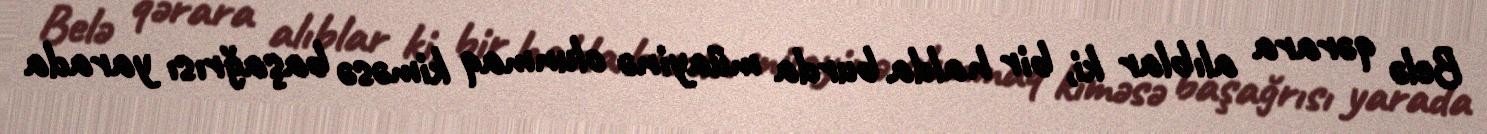
Belə qərara alıblar ki, bir halda burda müayinə olunmaq kiməsə başağrısı yarada